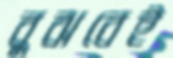
বুঝবেই